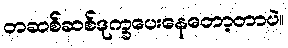
တဆစ်ဆစ်ဒုက္ခပေးနေတော့တာပဲ။